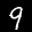
Label: 9